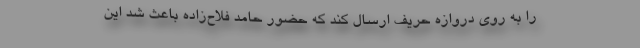
را به روی دروازه حریف ارسال کند که حضور حامد فلاح‌زاده باعث شد این